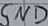
Text: GND